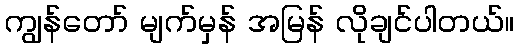
ကျွန်တော် မျက်မှန် အမြန် လိုချင်ပါတယ်။